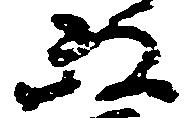
政